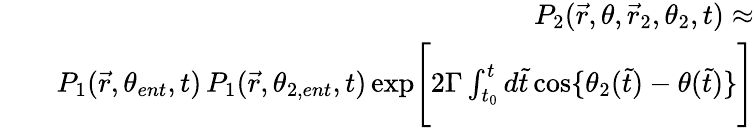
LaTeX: \begin{array}{rlr}&{}&{P_{2}(\vec{r},\theta,\vec{r}_{2},\theta_{2},t)\approx}\\ &{}&{P_{1}(\vec{r},\theta_{ent},t)\, P_{1}(\vec{r},\theta_{2,ent},t)\, \mathrm{exp}\Bigg[2\Gamma\int_{t_{0}}^{t}d\tilde{t}\, \mathrm{cos}\{ \theta_{2}(\tilde{t})-\theta(\tilde{t})\} \Bigg]}\end{array}